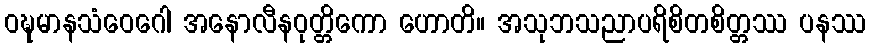
ဝဍ္ဎမာနသံဝေဂေါ အနောလီနဝုတ္တိကော ဟောတိ။ အသုဘသညာပရိစိတစိတ္တဿ ပနဿ